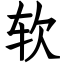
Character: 软